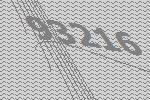
93216